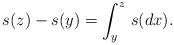
LaTeX: \begin{align*}s(z) - s(y) =\int_y^z \, s(dx).\end{align*}